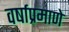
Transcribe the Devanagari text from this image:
वर्षाप्रमाणे